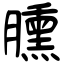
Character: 臐